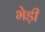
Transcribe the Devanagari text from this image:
भेड़ी